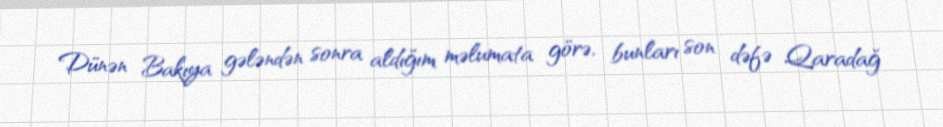
Dünən Bakıya gələndən sonra aldığım məlumata görə, bunları son dəfə Qaradağ